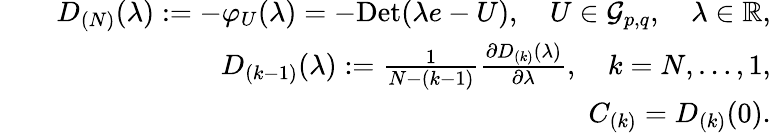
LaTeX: \begin{array}{rlr}&{}&{D_{(N)}(\lambda):=-\varphi_{U}(\lambda)=-\mathrm{Det}(\lambda e-U),\quad U\in\mathcal{G}_{p,q},\quad\lambda\in\mathbb{R},}\\ &{}&{D_{(k-1)}(\lambda):=\frac{1}{N-(k-1)}\frac{\partial D_{(k)}(\lambda)}{\partial\lambda},\quad k=N,\ldots,1,}\\ &{}&{C_{(k)}=D_{(k)}(0).}\end{array}